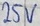
Text: 25V